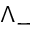
\Lambda _ { - }